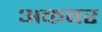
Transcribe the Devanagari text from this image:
अकबर